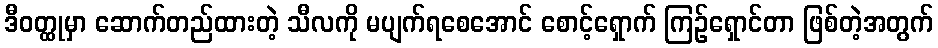
ဒီဝတ္ထုမှာ ဆောက်တည်ထားတဲ့ သီလကို မပျက်ရစေအောင် စောင့်ရှောက် ကြဉ်ရှောင်တာ ဖြစ်တဲ့အတွက်